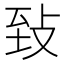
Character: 𦤺